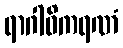
ရာဂါဓိကရဏံ